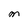
Character: m